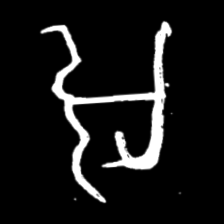
Pyu character \u2014 Myanmar letter: အ (romanized: a)